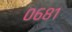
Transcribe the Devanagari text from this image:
०६८१